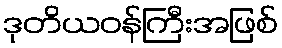
ဒုတိယဝန်ကြီးအဖြစ်